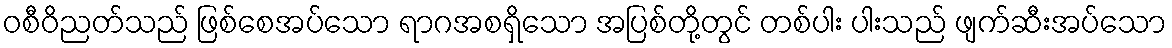
ဝစီဝိညတ်သည် ဖြစ်စေအပ်သော ရာဂအစရှိသော အပြစ်တို့တွင် တစ်ပါး ပါးသည် ဖျက်ဆီးအပ်သော